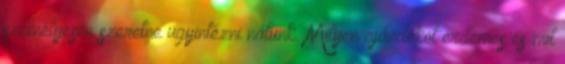
személyesen szeretne ügyintézni nálunk. Milyen ajándékot érdemes és mit